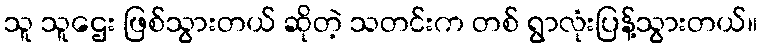
သူ သူဌေး ဖြစ်သွားတယ် ဆိုတဲ့ သတင်းက တစ် ရွာလုံးပြန့်သွားတယ်။